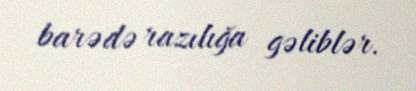
barədə razılığa gəliblər.